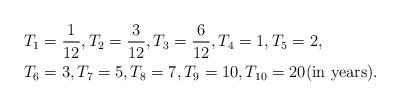
LaTeX: \begin{align*}&T_{1}=\frac{1}{12},T_{2}=\frac{3}{12},T_{3}=\frac{6}{12},T_{4}=1,T_{5}=2,\\&T_{6}=3,T_{7}=5,T_{8}=7,T_{9}=10,T_{10}=20\mbox{(in years)}.\end{align*}